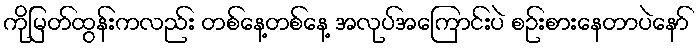
ကိုမြတ်ထွန်းကလည်း တစ်နေ့တစ်နေ့ အလုပ်အကြောင်းပဲ စဉ်းစားနေတာပဲနော်